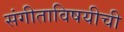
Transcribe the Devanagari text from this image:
संगीताविषयीची